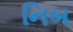
નિબ